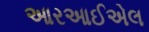
આરઆઈએલ